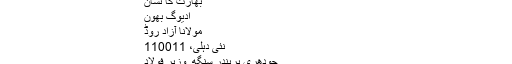
وزارت فولاد، حکومت ہند - آزاد دائرۃ المعارف، ویکیپیڈیا
وزارت فولاد
بھارت کا نشان
ادیوگ بھون
مولانا آزاد روڈ
نئی دہلی، 110011
چودھری بریندر سنگھ, وزیر فولاد
steel.nic.in
وزارت فولاد حکومت ہند کی ایک وزارت ہے۔